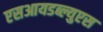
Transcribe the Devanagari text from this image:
एसआयडब्ल्युएस